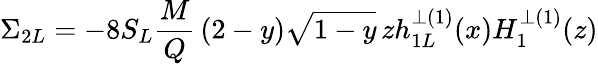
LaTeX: \Sigma_{2L}=-8S_{L}{\frac{M}{Q}}\, (2-y)\sqrt{1-y}\, zh_{1L}^{\perp(1)}(x)H_{1}^{\perp(1)}(z)